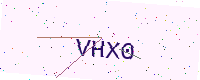
Text: VHX0